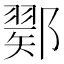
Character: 𨞈